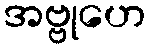
အဗ္ဗုဟေ